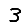
Digit: 3